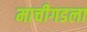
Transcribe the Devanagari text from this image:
माचीगडला